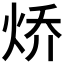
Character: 𮳧